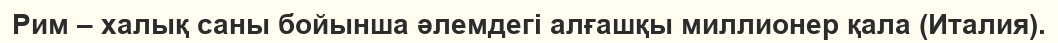
Рим – халық саны бойынша әлемдегі алғашқы миллионер қала (Италия).